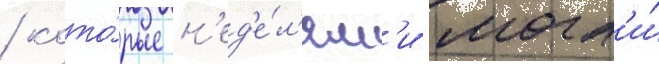
/ кото́рые н'ед'е́л'ям'и могл'и́